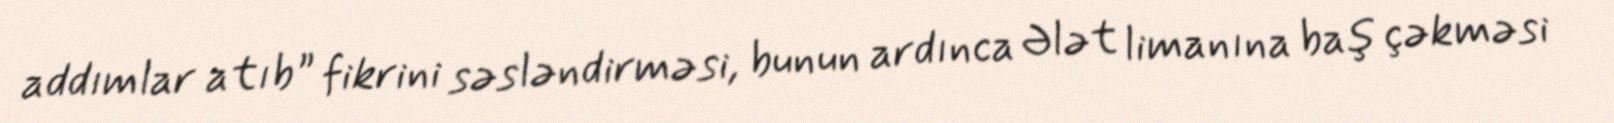
addımlar atıb” fikrini səsləndirməsi, bunun ardınca Ələt limanına baş çəkməsi